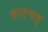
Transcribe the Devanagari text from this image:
कारणम्